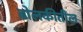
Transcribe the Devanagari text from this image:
ढोलकीतील